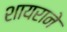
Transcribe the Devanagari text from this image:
शायराने